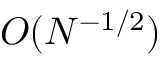
O ( N ^ { - 1 / 2 } )